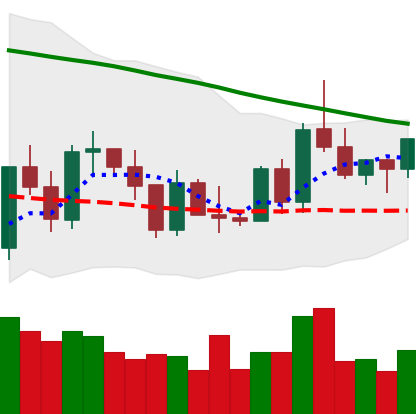
Ticker: XRP-USD
Chart end date: 2022-03-16
Forward return: 5.622%
Label: up_5_7